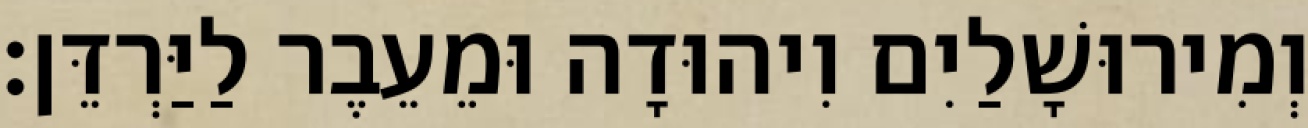
וְמִירוּשָׁלַיִם וִיהוּדָה וּמֵעֵבֶר לַיַּרְדֵּן׃